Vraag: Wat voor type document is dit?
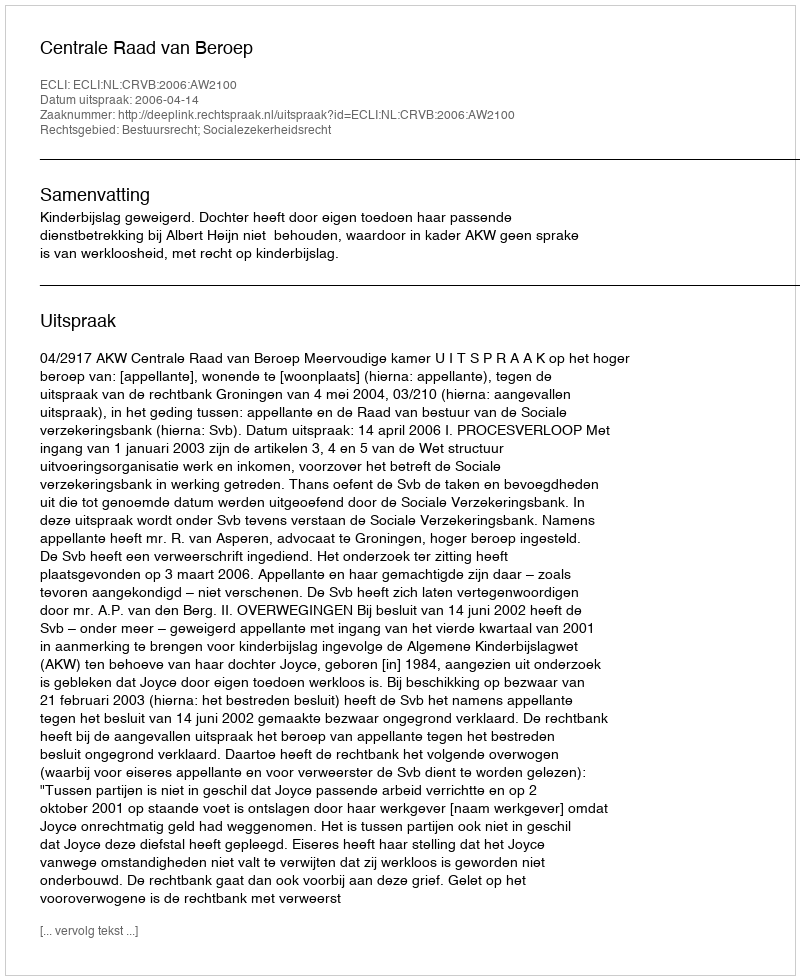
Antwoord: Uitspraak